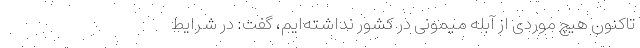
تاکنون هیچ موردی از آبله میمونی در کشور نداشته‌ایم، گفت: در شرایط